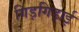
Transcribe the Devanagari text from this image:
गिड़गिड़ाई